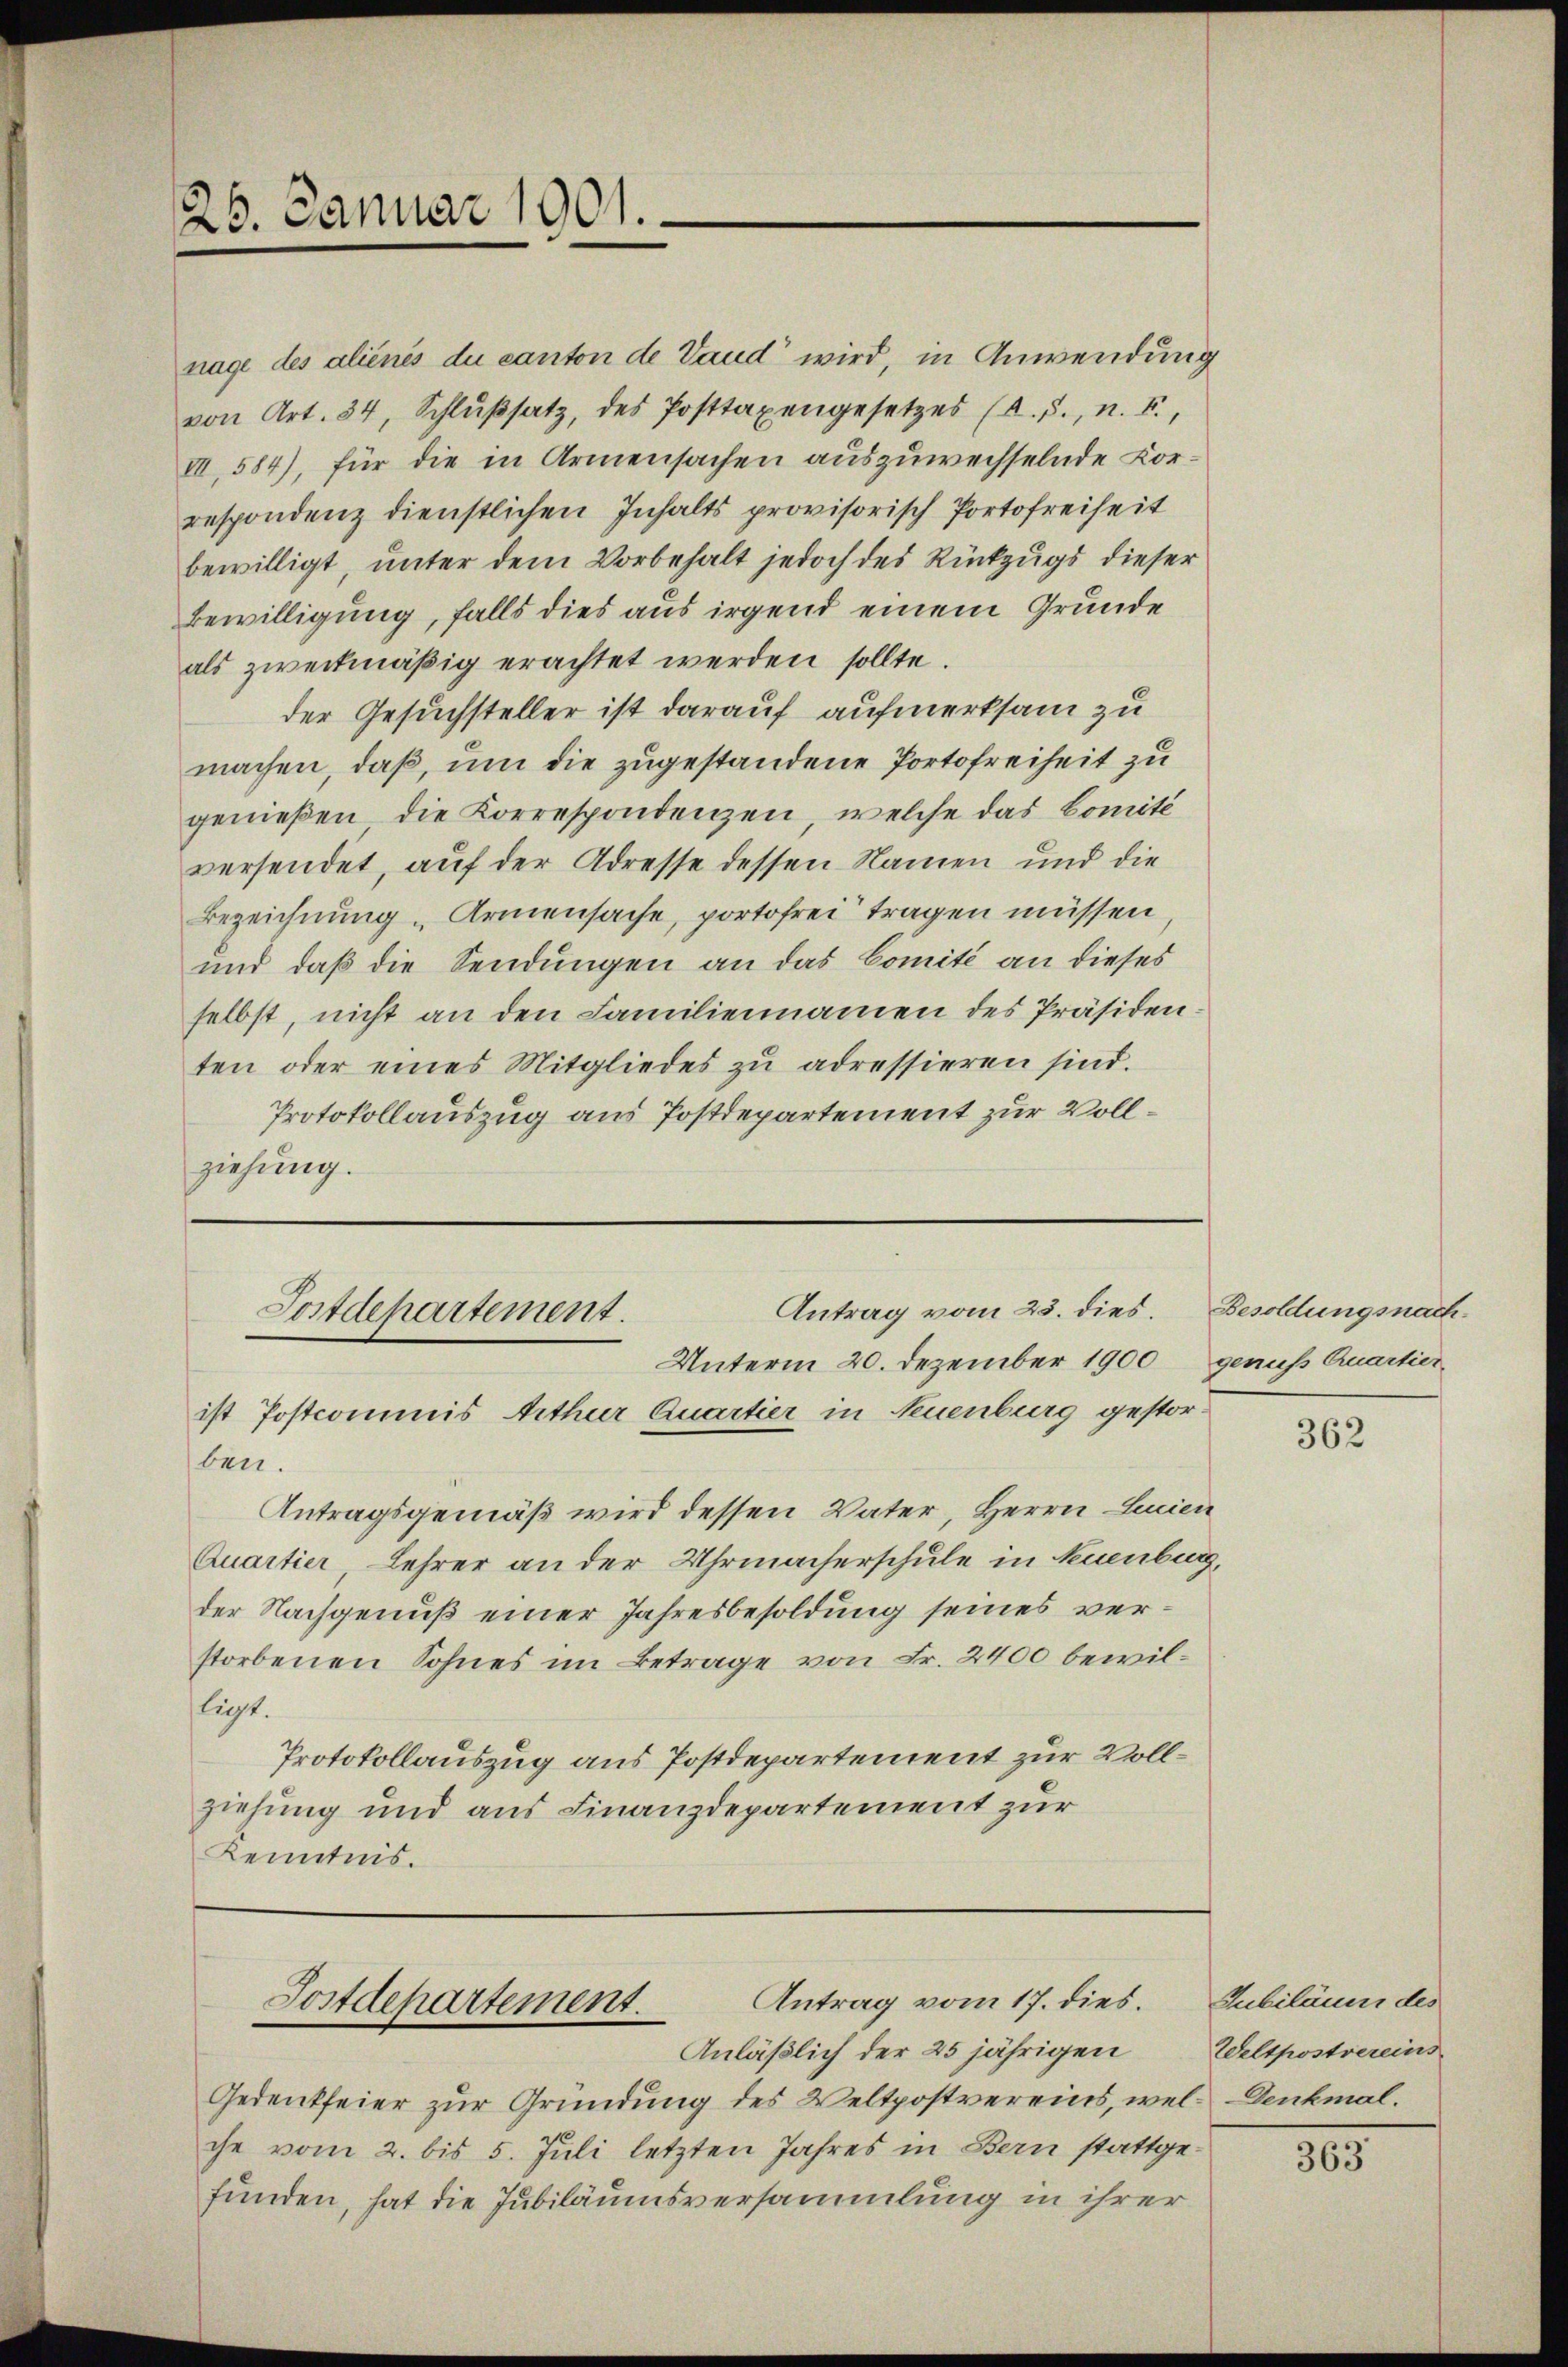
26. Januar 1901.

nage des aliénés du canton de Vaud“ wird, in Anwendung
von Art. 34, Schlußsatz, des Posttaxengesetzes (A.S., n. F.,
VII, 584), für die in Armensachen auszuwechselnde Korrespondenz dienstlichen Inhalts provisorisch Portofreiheit
bewilligt, unter dem Vorbehalt jedoch des Rückzugs dieser
Bewilligung, falls dies aus irgend einem Grunde
als zweckmäßig erachtet werden sollte.
der Gesuchsteller ist darauf aufmerksam zu
machen, daß, um die zugestandene Portofreiheit zu
genießen die Korrespondenzen, welche das Comité
versendet, auf der Adresse dessen Namen und die
Bezeichnung „Armensache, portofrei tragen müssen,
und daß die Sendungen an das Comité an dieses
selbst, nicht an den Familiennamen des Präsidenten oder eines Mitgliedes zu adressieren sind.
Protokollauszug aus Postdepartement zur Vollziehung.

Antrag vom 23. dies.
Postdepartement.
Unterm 20. Dezember 1900 genuß Quartierist Postcommis Arthur Quartier in Neuenburg gestor¬

ben.
Antragsgemäß wird dessen Vater, Herrn Lucen
Quartier Lehrer an der Uhrmacherschule in Neuenburg,
der Nachgenuß einer Jahresbesoldung seines verstorbenen Sohnes im Betrage von Fr. 2400 bewilliegt.
Protokollauszug aus Postdepartement zur Vollziehung und aus Finanzdepartement zur
Kenntnis.

Antrag vom 17. dies.
Postdepartement.
Anläßlich der 25 jährigen

Gedenkfeier zur Gründung des Veltpostvereins, wel- Denkmal.
che vom 2. bis 5. Juli letzten Jahres in Bern stattgefunden, hat die Jubiläumsversammlung in ihrer

Besoldungsnach

362

Gubiläum des
Weltpostvereins

363